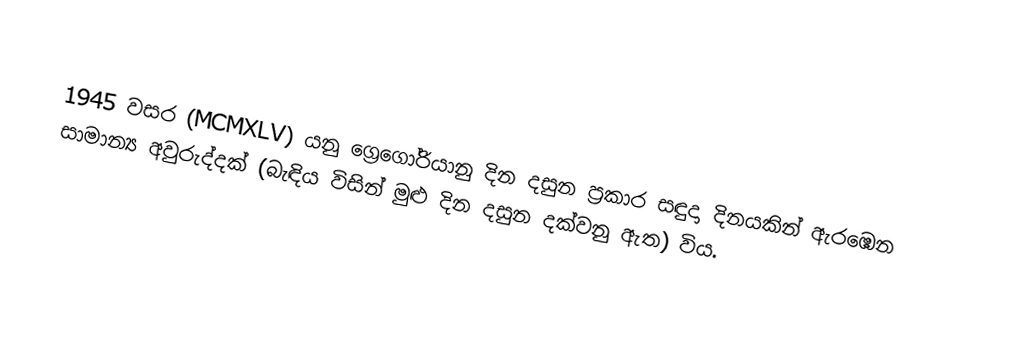

1945 වසර (MCMXLV) යනු ග්‍රෙගෝරියානු දින දසුන ප්‍රකාර  සඳුදා දිනයකින් ඇරඹෙන සාමාන්‍ය අවුරුද්දක් (බැඳිය විසින් මුළු දින දසුන දක්වනු ඇත) විය.